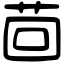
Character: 茴